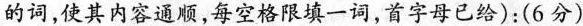
的词,使其内容通顺,每空格限填一词,首字母已给):(6分)